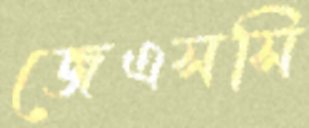
জেএসসি